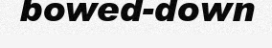
bowed-down